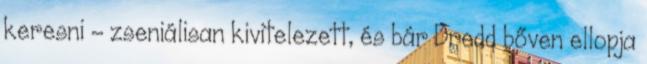
keresni – zseniálisan kivitelezett, és bár Dredd bőven ellopja